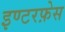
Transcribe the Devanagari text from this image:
इण्टरफ़ेस